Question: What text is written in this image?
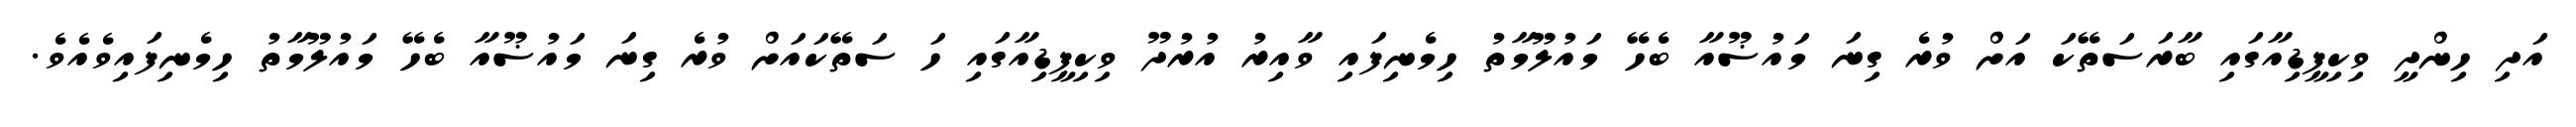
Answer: އަދި ހިންދީ ވިކިޕީޑިއާގައި ބާރަސަތޭކަ އަށް ވުރެ ގިނަ މައުޟޫއާ ބެހޭ މައުލޫމާތު ހިމެނިފައި ވާއިރު އުރުދޫ ވިކިޕީޑިއާގައި ހަ ސަތޭކައަށް ވުރެ ގިނަ މައުޟޫއާ ބެހޭ މައުލޫމާތު ހިމެނިފައިވެއެވެ.